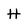
Character: H